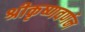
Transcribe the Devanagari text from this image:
श्रीकृष्णवर्णन